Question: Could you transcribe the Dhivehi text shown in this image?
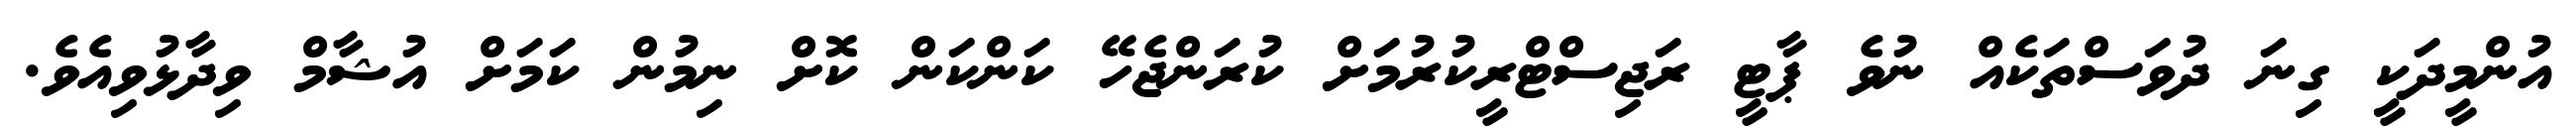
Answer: އުންމީދަކީ ގިނަ ދުވަސްތަކެއް ނުވެ ޕާޓީ ރަޖިސްޓްރީކުރުމަށް ކުރަންޖެހޭ ކަންކަން ކޮށް ނިމުން ކަމަށް އުޝާމް ވިދާޅުވިއެވެ.